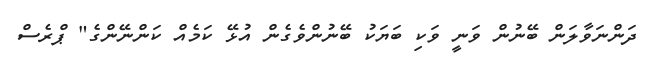
ދަންނަވާލަން ބޭނުން ވަނީ ވަކި ބަޔަކު ބޭނުންވެގެން އުޅޭ ކަމެއް ކަންނޭންގެ" ޕްރެސް